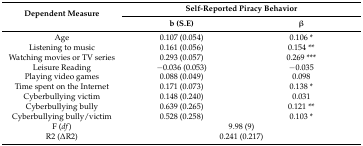
| <ROWSPAN=2> Dependent Measure | <COLSPAN=2> Self-Reported Piracy Behavior |
 | b (S.E) | β |
 | --- | --- | --- |
 | Age | 0.107 (0.054) | 0.106 * |
 | Listening to music | 0.161 (0.056) | 0.154 ** |
 | Watching movies or TV series | 0.293 (0.057) | 0.269 *** |
 | Leisure Reading | −0.036 (0.053) | −0.035 |
 | Playing video games | 0.088 (0.049) | 0.098 |
 | Time spent on the Internet | 0.171 (0.073) | 0.138 * |
 | Cyberbullying victim | 0.148 (0.240) | 0.031 |
 | Cyberbullying bully | 0.639 (0.265) | 0.121 ** |
 | Cyberbullying bully/victim | 0.528 (0.258) | 0.103 * |
 | F (df) | <COLSPAN=2> 9.98 (9) |
 | R2 (∆R2) | <COLSPAN=2> 0.241 (0.217) |